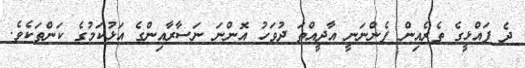
ދެ ފައްޅީގެ ތެރެއިން ފެންނަނީ އާދީއްތަ ދުވަހު އޮންނަ ނަސާރާއިންގެ އަޅުކަމުގެ ކަންތަކެވެ.